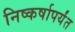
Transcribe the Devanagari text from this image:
निष्कर्षापर्यंत